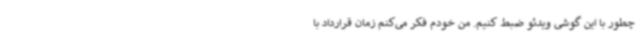
چطور با این گوشی ویدئو ضبط کنیم. من خودم فکر می‌کنم زمان قرارداد با